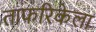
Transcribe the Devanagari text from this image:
ताफरिकेला